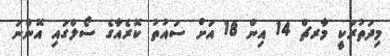
މިދަތުރަކީ މާރޗް 14 އިން 18 އަށް ސައުތު ކޮރެއާގެ ސޯލްގައި އޮންނަ